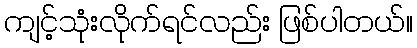
ကျင့်သုံးလိုက်ရင်လည်း ဖြစ်ပါတယ်။